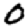
Digit: 0